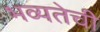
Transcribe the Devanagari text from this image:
भव्यतेची